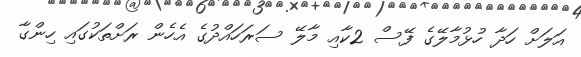
އަލަށް ހަދާ ހުޅުމާލޭގެ ފޭސް 2ކާއި މާލޭ ސަރަހައްދުގެ އެހެން ރަށްތަކުގައި ހިންގާ